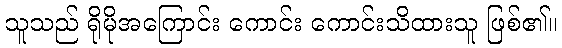
သူသည် ရိုမိုအကြောင်း ကောင်း ကောင်းသိထားသူ ဖြစ်၏။